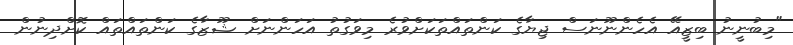
"މިބުނީނު ބިޒީއޭ އެހެންނޫނަސް ޖިޔާގެ ކަންތައްތަކަށްވުރެ މިވަގުތު އަހަންނަށް ޝޫޒާގެ ކަންތައްތައް ކޮށްދިނުން